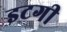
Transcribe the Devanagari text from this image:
इटगी